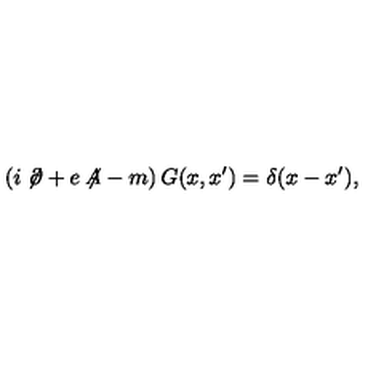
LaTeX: \left( i \not { \! \partial } + e \not { \! \! A } - m \right) G ( x , x ^ { \prime } ) = \delta ( x - x ^ { \prime } ) ,